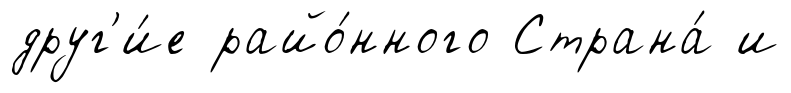
друг'и́е райо́нного Страна́ и